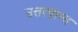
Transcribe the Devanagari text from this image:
उत्तरप्रान्त